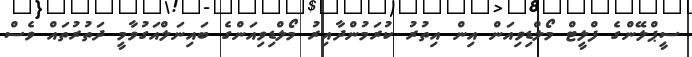
ސީޕްލޭންގެ ފްލީޓް މޯލްޑިވިއަން އިން އިތުރު ކުރަމުންދާއިރު މޯލްޑިވިއަންގެ ބައިނަލްއަގުވާމީ ދަތުރުތައް ވެސް